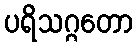
ပရိသဂ္ဂတော